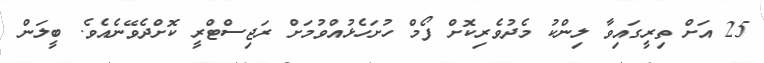
25 އަށް ތިރީގައިވާ ލިންކު މެދުވެރިކޮށް ފޯމް ހުށަހެޅުއްވުމަށް ރަޖިސްޓްރީ ކޮށްދެވޭނެއެވެ. ބީލަން